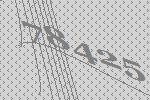
78425